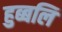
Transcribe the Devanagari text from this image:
हुब्बलि